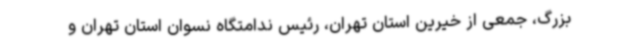
بزرگ، جمعی از خیرین استان تهران، رئیس ندامتگاه نسوان استان تهران و